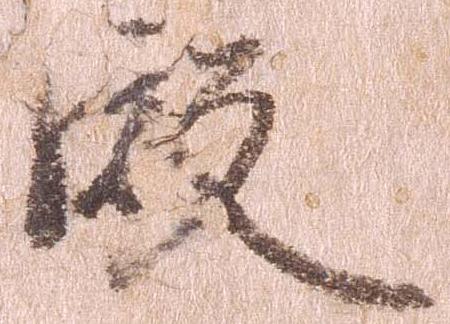
殿